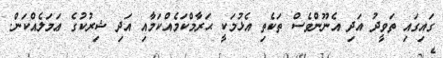
ގައިގައި ތަވީދު އަދި އެނޫންވެސް ތަކެތި އެޅުމަކީ ޙަރާމްކަމެއްކަމާއި އަދި ޝިރުކުގެ ޢަމަލެއްކަން.